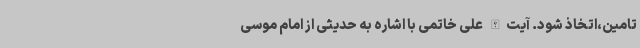
تامین،اتخاذ شود. آیت‌الله علی خاتمی با اشاره به حدیثی از امام موسی